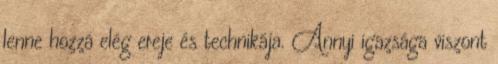
lenne hozzá elég ereje és technikája. Annyi igazsága viszont